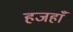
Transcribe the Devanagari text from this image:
हजहाँ